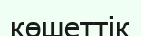
көшеттік